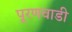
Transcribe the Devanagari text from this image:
पूरणवाडी